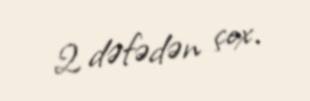
2 dəfədən çox.